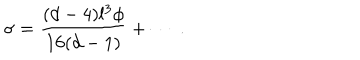
LaTeX: \sigma = \frac { ( d - 4 ) l ^ { 3 } \phi } { 1 6 ( d - 1 ) } + \cdots ~ .